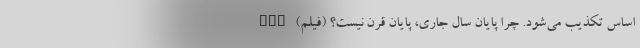
اساس تکذیب می‌شود. چرا پایان سال جاری، پایان قرن نیست؟ (فیلم) nan